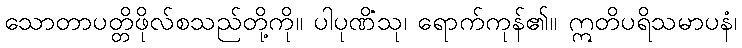
သောတာပတ္တိဖိုလ်စသည်တို့ကို။ ပါပုဏိံသု၊ ရောက်ကုန်၏။ ဣတိပရိသမာပနံ၊